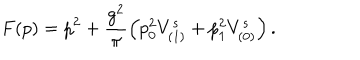
F ( p ) = p ^ { 2 } + \frac { g ^ { 2 } } { \pi } \left( p _ { 0 } ^ { 2 } V _ { ( 1 ) } ^ { s } + p _ { 1 } ^ { 2 } V _ { ( 0 ) } ^ { s } \right) .